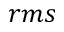
r m s